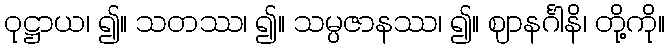
ဝုဋ္ဌာယ၊ ၍။ သတဿ၊ ၍။ သမ္ပဇာနဿ၊ ၍။ ဈာနင်္ဂါနိ၊ တို့ကို။